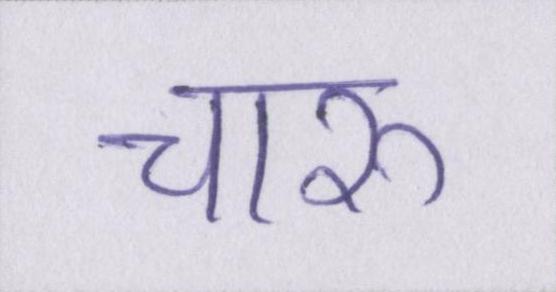
चारु